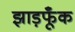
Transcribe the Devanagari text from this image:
झाड़फूँक